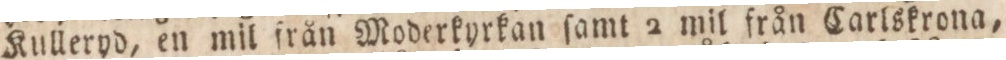
Kulleryd, en mil från Moderkyrkan ſamt 2 mil från Carlskrona,